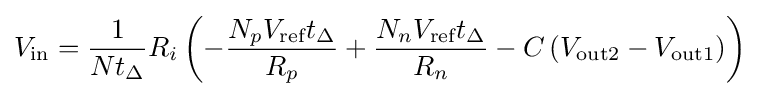
V_{\text{in}}={\frac {1}{Nt_{\Delta }}}R_{i}\left(-{\frac {N_{p}V_{\text{ref}}t_{\Delta }}{R_{p}}}+{\frac {N_{n}V_{\text{ref}}t_{\Delta }}{R_{n}}}-C\left(V_{\text{out2}}-V_{\text{out1}}\right)\right)